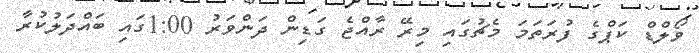
ވޯލްޑް ކަޕްގެ ފުރަތަމަ މެޗުގައި މިރޭ ރާއްޖެ ގަޑިން ދަންވަރު 1:00ގައި ބައްދަލުކުރާ